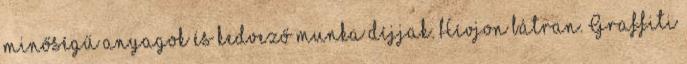
minőségű anyagok és kedvező munka díjjak. Hívjon bátran. Graffiti